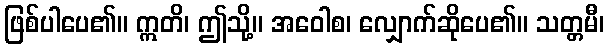
ဖြစ်ပါပေ၏။ ဣတိ၊ ဤသို့။ အဝေါစ၊ လျှောက်ဆိုပေ၏။ သတ္တမီ၊